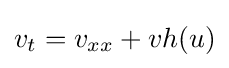
v_{t}=v_{xx}+vh(u)